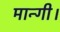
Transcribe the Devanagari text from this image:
मान्गी।